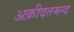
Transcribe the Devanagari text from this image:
अक़ीदतमन्द